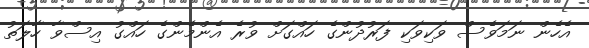
އެހެން ނަމަވެސް ވަކިވަކި ފަރުދުންގެ ހައްގަށް ވުރެ އެންމެންގެ ހައްގު އިސްވާ ހާލަތު